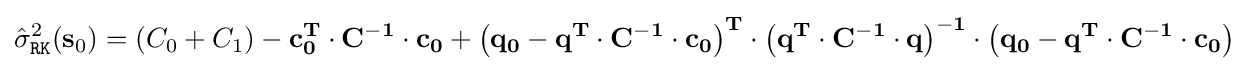
{\hat {\sigma }}_{\mathtt {RK}}^{2}(\mathbf {s} _{0})=(C_{0}+C_{1})-\mathbf {c} _{\mathbf {0} }^{\mathbf {T} }\cdot \mathbf {C} ^{-\mathbf {1} }\cdot \mathbf {c} _{\mathbf {0} }+\left(\mathbf {q} _{\mathbf {0} }-\mathbf {q} ^{\mathbf {T} }\cdot \mathbf {C} ^{-\mathbf {1} }\cdot \mathbf {c} _{\mathbf {0} }\right)^{\mathbf {T} }\cdot \left(\mathbf {q} ^{\mathbf {T} }\cdot \mathbf {C} ^{-\mathbf {1} }\cdot \mathbf {q} \right)^{\mathbf {-1} }\cdot \left(\mathbf {q} _{\mathbf {0} }-\mathbf {q} ^{\mathbf {T} }\cdot \mathbf {C} ^{-\mathbf {1} }\cdot \mathbf {c} _{\mathbf {0} }\right)